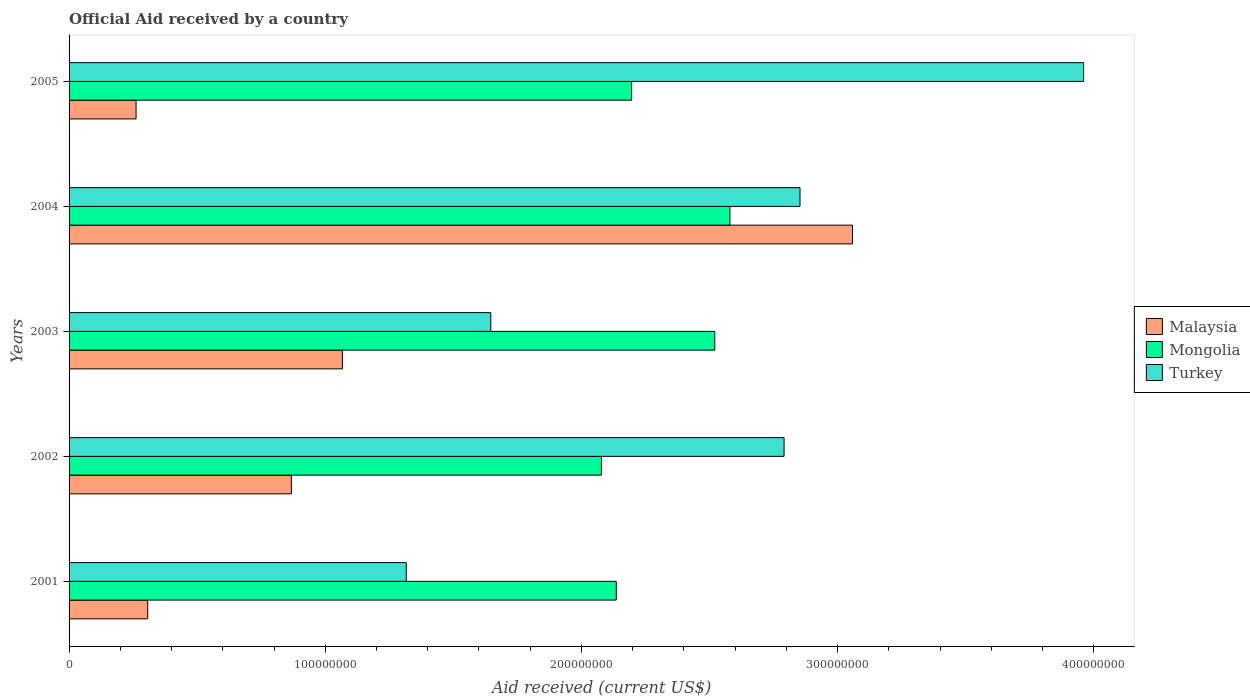
| Years | Malaysia | Mongolia | Turkey |
 | --- | --- | --- | --- |
 | 2001 | 3.07e+07 | 2.14e+08 | 1.32e+08 |
 | 2002 | 8.68e+07 | 2.08e+08 | 2.79e+08 |
 | 2003 | 1.07e+08 | 2.52e+08 | 1.65e+08 |
 | 2004 | 3.06e+08 | 2.58e+08 | 2.85e+08 |
 | 2005 | 2.62e+07 | 2.2e+08 | 3.96e+08 |